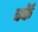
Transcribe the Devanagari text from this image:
वकॅ